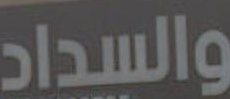
والسداد